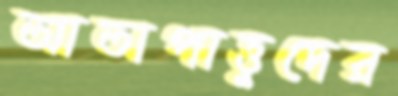
আতাপাত্তুদের